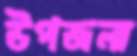
উপজলা